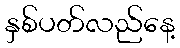
နှစ်ပတ်လည်နေ့